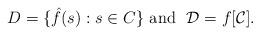
LaTeX: \begin{align*}D=\{\hat{f}(s):s\in C\}\textrm{\ and \ } \mathcal{D}=f[\mathcal{C}].\end{align*}